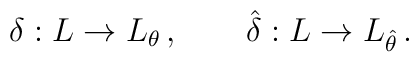
\delta : L \to L_{\theta} \, , \qquad \hat \delta : L \to L_{\hat \theta} \, .